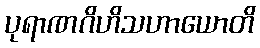
ပုရာဏဂိဟိသဟာယောတိ